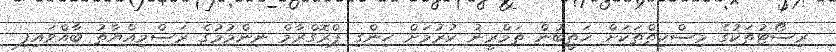
ރިސޯޓުތަކުގެ މިސްކިތްތަކަށް ޚަޠީބުން ތަމްރީނު ކުރުމަށް ހިންގި ޕްރޮގްރާމް ނިންމުމުގެ ރަސްމިއްޔާތު ބާއްވައިފި